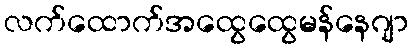
လက်ထောက်အထွေထွေမန်နေဂျာ